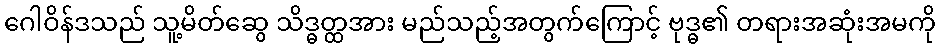
ဂေါဝိန်ဒသည် သူ့မိတ်ဆွေ သိဒ္ဓတ္ထအား မည်သည့်အတွက်ကြောင့် ဗုဒ္ဓ၏ တရားအဆုံးအမကို